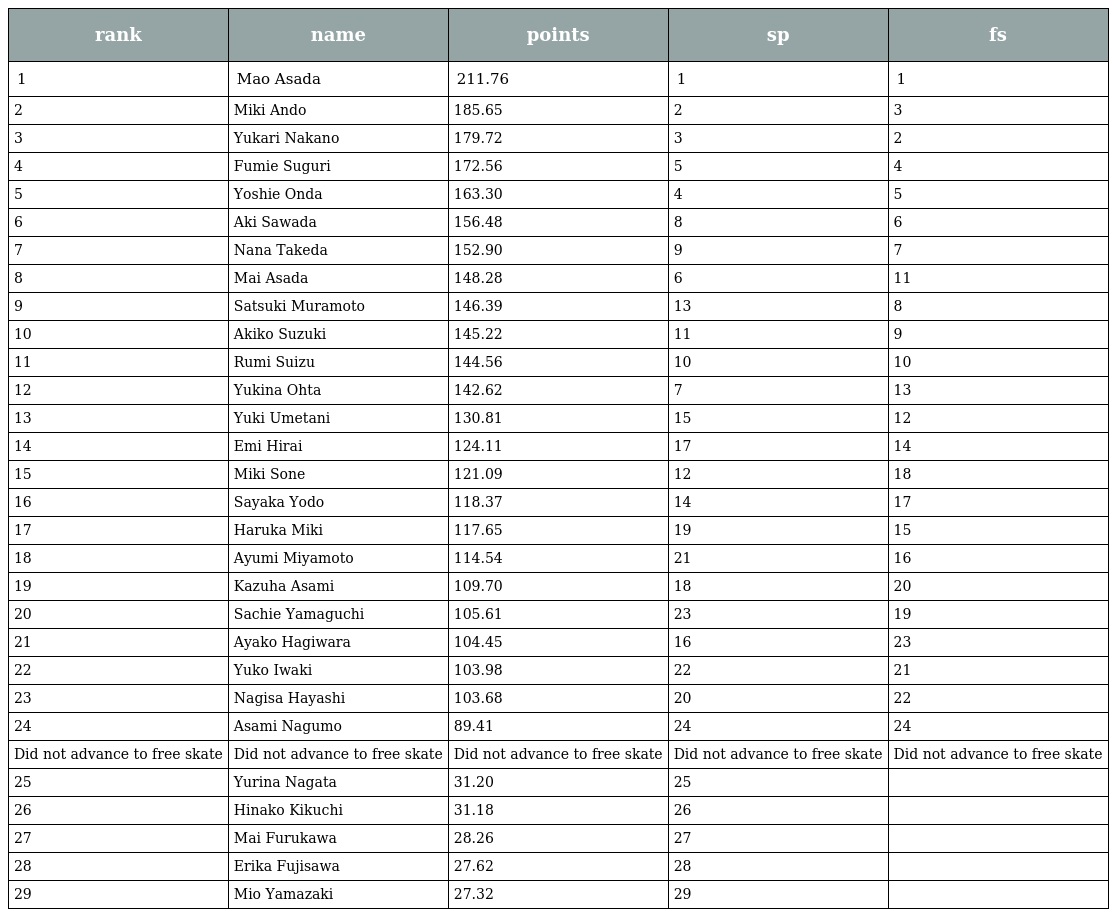
| rank | name | points | sp | fs |
 | --- | --- | --- | --- | --- |
 | 1 | Mao Asada | 211.76 | 1 | 1 |
 | 2 | Miki Ando | 185.65 | 2 | 3 |
 | 3 | Yukari Nakano | 179.72 | 3 | 2 |
 | 4 | Fumie Suguri | 172.56 | 5 | 4 |
 | 5 | Yoshie Onda | 163.30 | 4 | 5 |
 | 6 | Aki Sawada | 156.48 | 8 | 6 |
 | 7 | Nana Takeda | 152.90 | 9 | 7 |
 | 8 | Mai Asada | 148.28 | 6 | 11 |
 | 9 | Satsuki Muramoto | 146.39 | 13 | 8 |
 | 10 | Akiko Suzuki | 145.22 | 11 | 9 |
 | 11 | Rumi Suizu | 144.56 | 10 | 10 |
 | 12 | Yukina Ohta | 142.62 | 7 | 13 |
 | 13 | Yuki Umetani | 130.81 | 15 | 12 |
 | 14 | Emi Hirai | 124.11 | 17 | 14 |
 | 15 | Miki Sone | 121.09 | 12 | 18 |
 | 16 | Sayaka Yodo | 118.37 | 14 | 17 |
 | 17 | Haruka Miki | 117.65 | 19 | 15 |
 | 18 | Ayumi Miyamoto | 114.54 | 21 | 16 |
 | 19 | Kazuha Asami | 109.70 | 18 | 20 |
 | 20 | Sachie Yamaguchi | 105.61 | 23 | 19 |
 | 21 | Ayako Hagiwara | 104.45 | 16 | 23 |
 | 22 | Yuko Iwaki | 103.98 | 22 | 21 |
 | 23 | Nagisa Hayashi | 103.68 | 20 | 22 |
 | 24 | Asami Nagumo | 89.41 | 24 | 24 |
 | Did not advance to free skate | Did not advance to free skate | Did not advance to free skate | Did not advance to free skate | Did not advance to free skate |
 | 25 | Yurina Nagata | 31.20 | 25 |  |
 | 26 | Hinako Kikuchi | 31.18 | 26 |  |
 | 27 | Mai Furukawa | 28.26 | 27 |  |
 | 28 | Erika Fujisawa | 27.62 | 28 |  |
 | 29 | Mio Yamazaki | 27.32 | 29 |  |